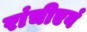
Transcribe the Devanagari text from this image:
रांचीएवं